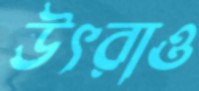
উৎরাও